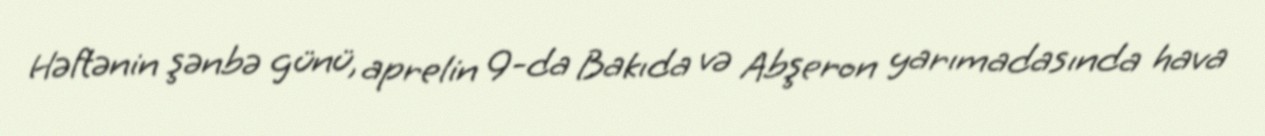
Həftənin şənbə günü, aprelin 9-da Bakıda və Abşeron yarımadasında hava